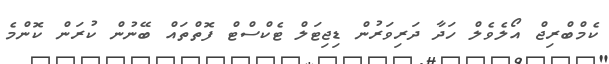
ކެމްބްރިޖް އޯލެވެލް ހަދާ ދަރިވަރުން ޑިޖިޓަލް ޓެކްސްޓް ފޮތްތައް ބޭނުން ކުރަން ކޮންމެ